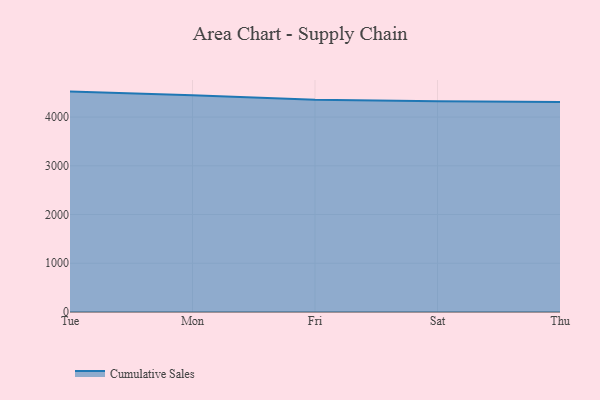
{"axis": {"x": "Day", "y": "Headcount"}, "legend": ["Cumulative Sales"], "data": [{"x": "Tue", "y": 4523.0, "type": "Cumulative Sales"}, {"x": "Mon", "y": 4447.8, "type": "Cumulative Sales"}, {"x": "Fri", "y": 4355.1, "type": "Cumulative Sales"}, {"x": "Sat", "y": 4323.3, "type": "Cumulative Sales"}, {"x": "Thu", "y": 4307.2, "type": "Cumulative Sales"}]}